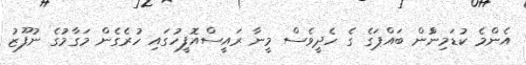
އެންމެ ކުޑަމިންުން ބައްޕަގެ ގެ ހެދީވެސް މީނާ ރައީސްއޮފީހުގައި ހުރެގެން މަގާމުގެ ނުފޫޒު